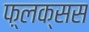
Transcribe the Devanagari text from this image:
फ़्लक्सस